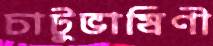
চাটুভাষিণী